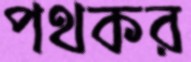
পথকর